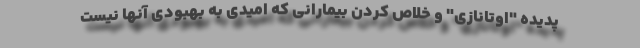
پدیده "اوتانازی" و خلاص کردن بیمارانی که امیدی به بهبودی آنها نیست